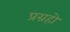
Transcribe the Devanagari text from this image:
प्रग्रहो